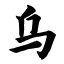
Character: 乌